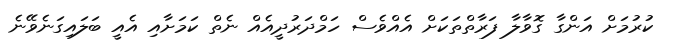
ކުރުމަށް އަންގާ ގޮވާލާ ފަރާތްތަކަށް އެއްވެސް ހަމްދަރުދީއެއް ނެތް ކަމަށާއި އެއީ ބަލައިގަނެވޭނެ